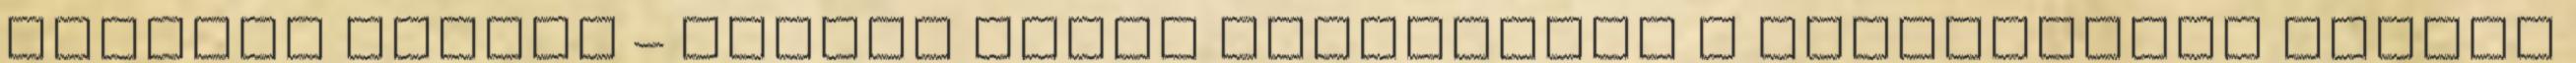
esetleg néhány – Néhány tucat processzor ● Distributed memory